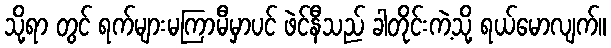
သို့ရာ တွင် ရက်များမကြာမီမှာပင် ဖဲင်နီသည် ခါတိုင်းကဲ့သို့ ရယ်မောလျက်။